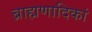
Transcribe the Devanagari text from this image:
ब्राह्मणादिकां